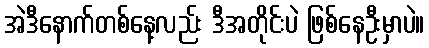
အဲဒီနောက်တစ်နေ့လည်း ဒီအတိုင်းပဲ ဖြစ်နေဦးမှာပဲ။